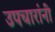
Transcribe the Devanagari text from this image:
उपचारांनीं